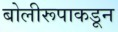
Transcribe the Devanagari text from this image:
बोलीरूपाकडून